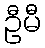
ဦမီ